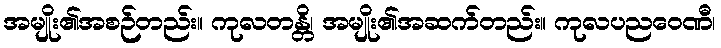
အမျိုး၏အစဉ်တည်း။ ကုလတန္တိ၊ အမျိုး၏အဆက်တည်း။ ကုလပညဝေဏီ၊